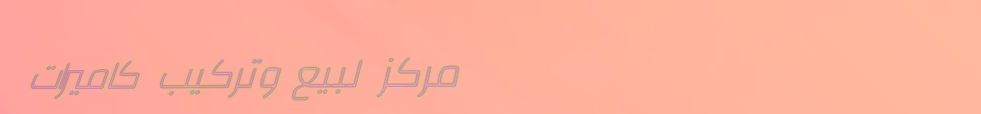
مركز لبيع وتركيب كاميرات